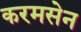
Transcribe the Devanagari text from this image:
करमसेन